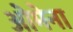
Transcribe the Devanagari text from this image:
ओमेना